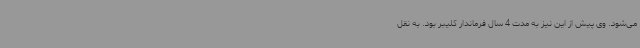
می‌شود. وی پیش از این نیز به مدت 4 سال فرماندار کلیبر بود. به نقل